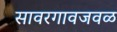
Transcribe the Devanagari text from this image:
सावरगावजवळ